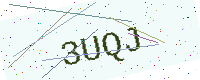
Text: 3UQJ